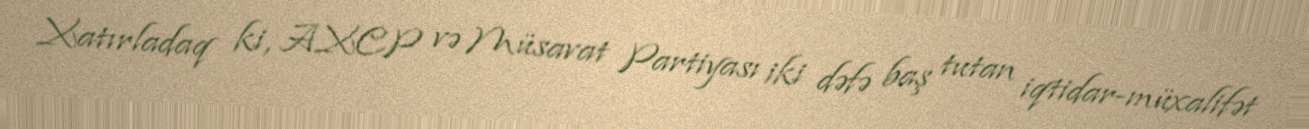
Xatırladaq ki, AXCP və Müsavat Partiyası iki dəfə baş tutan iqtidar-müxalifət